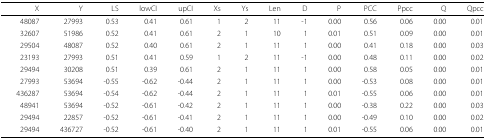
<table><thead><tr><td><b>X</b></td><td><b>Y</b></td><td><b>LS</b></td><td><b>lowCI</b></td><td><b>upCI</b></td><td><b>Xs</b></td><td><b>Ys</b></td><td><b>Len</b></td><td><b>D</b></td><td><b>P</b></td><td><b>PCC</b></td><td><b>Ppcc</b></td><td><b>Q</b></td><td><b>Qpcc</b></td></tr></thead><tbody><tr><td>48087</td><td>27993</td><td>0.53</td><td>0.41</td><td>0.61</td><td>1</td><td>2</td><td>11</td><td>-1</td><td>0.00</td><td>0.56</td><td>0.06</td><td>0.00</td><td>0.01</td></tr><tr><td>32607</td><td>51986</td><td>0.52</td><td>0.41</td><td>0.61</td><td>2</td><td>1</td><td>10</td><td>1</td><td>0.01</td><td>0.51</td><td>0.09</td><td>0.00</td><td>0.01</td></tr><tr><td>29504</td><td>48087</td><td>0.52</td><td>0.40</td><td>0.61</td><td>2</td><td>1</td><td>11</td><td>1</td><td>0.00</td><td>0.41</td><td>0.18</td><td>0.00</td><td>0.03</td></tr><tr><td>23193</td><td>27993</td><td>0.51</td><td>0.41</td><td>0.59</td><td>1</td><td>2</td><td>11</td><td>-1</td><td>0.00</td><td>0.48</td><td>0.11</td><td>0.00</td><td>0.02</td></tr><tr><td>29494</td><td>30208</td><td>0.51</td><td>0.39</td><td>0.61</td><td>2</td><td>1</td><td>11</td><td>1</td><td>0.00</td><td>0.58</td><td>0.05</td><td>0.00</td><td>0.01</td></tr><tr><td>27993</td><td>53694</td><td>-0.55</td><td>-0.62</td><td>-0.44</td><td>2</td><td>1</td><td>11</td><td>1</td><td>0.00</td><td>-0.53</td><td>0.08</td><td>0.00</td><td>0.01</td></tr><tr><td>436287</td><td>53694</td><td>-0.54</td><td>-0.62</td><td>-0.44</td><td>2</td><td>1</td><td>11</td><td>1</td><td>0.01</td><td>-0.55</td><td>0.06</td><td>0.00</td><td>0.01</td></tr><tr><td>48941</td><td>53694</td><td>-0.52</td><td>-0.61</td><td>-0.42</td><td>2</td><td>1</td><td>11</td><td>1</td><td>0.00</td><td>-0.38</td><td>0.22</td><td>0.00</td><td>0.03</td></tr><tr><td>29494</td><td>22857</td><td>-0.52</td><td>-0.61</td><td>-0.41</td><td>2</td><td>1</td><td>11</td><td>1</td><td>0.00</td><td>-0.49</td><td>0.10</td><td>0.00</td><td>0.02</td></tr><tr><td>29494</td><td>436727</td><td>-0.52</td><td>-0.61</td><td>-0.40</td><td>2</td><td>1</td><td>11</td><td>1</td><td>0.01</td><td>-0.55</td><td>0.06</td><td>0.00</td><td>0.01</td></tr></tbody></table>